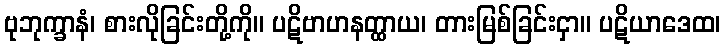
ဗုဘုက္ခာနံ၊ စားလိုခြင်းတို့ကို။ ပဋိဗာဟနတ္ထာယ၊ တားမြစ်ခြင်းငှာ။ ပဋိယာဒေထ၊